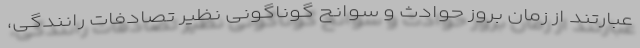
عبارتند از زمان بروز حوادث و سوانح گوناگونی نظیر تصادفات رانندگی،